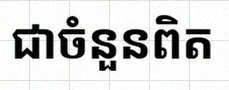
សន្មតថា x ជាចំនួនពិត